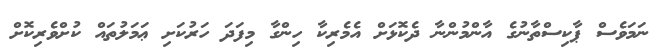
ނަމަވެސް ޕާކިސްތާނުގެ އާންމުންނާ ދެކޮޅަށް އެމެރިކާ ހިންގާ މިފަދަ ހަރުކަށި ޢަމަލުތައް ކުށްވެރިކޮށް